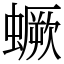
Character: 蟩